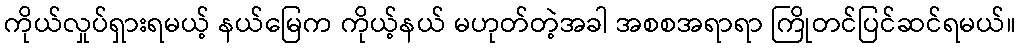
ကိုယ်လှုပ်ရှားရမယ့် နယ်မြေက ကိုယ့်နယ် မဟုတ်တဲ့အခါ အစစအရာရာ ကြိုတင်ပြင်ဆင်ရမယ်။